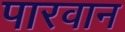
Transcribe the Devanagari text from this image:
पारवान